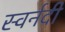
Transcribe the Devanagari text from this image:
स्वर्नदी